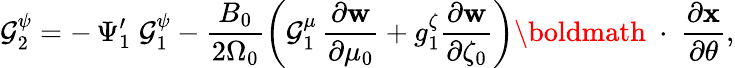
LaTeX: \mathcal{G}_{2}^{\psi}=-\, \Psi_{1}^{\prime}\; \mathcal{G}_{1}^{\psi}-\frac{{B_{0}}}{{2\Omega_{0}}}\left(\mathcal{G}_{1}^{\mu}\, \frac{{\partial\mathbf{w}}}{{\partial\mu_{0}}}+g_{1}^{\zeta}\frac{{\partial\mathbf{w}}}{{\partial\zeta_{0}}}\right)\mathrm{{\boldmath~\cdot~}}\frac{{\partial\mathbf{x}}}{{\partial\theta}},